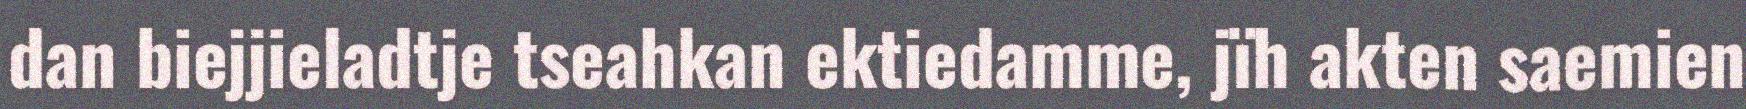
dan biejjieladtje tseahkan ektiedamme, jïh akten saemien